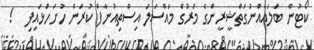
ކޯޓުން ބަލައެއްނުގަތްޝީރީންގެ މަރުގެ މައްސަލަ އިސްތިއުނާފް ކުރަން ހުށަހަޅައިފި   !